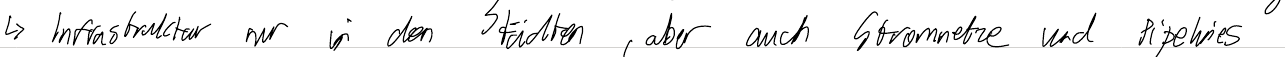
-> Infrastruktur nur in den Städten, aber auch Stromnetze und Pipelines